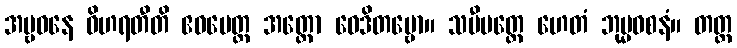
အမ္ဗဝနေ ဝိဟရတီတိ ဧဝမေတ္ထ အတ္ထော ဝေဒိတဗ္ဗော။ သမီပတ္ထေ ဟေတံ ဘုမ္မဝစနံ။ တတ္ထ